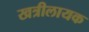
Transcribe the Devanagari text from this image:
खत्रीलायक